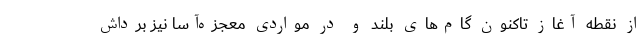
از نقطه آغاز تا‌کنون گام‌های بلند و در مواردی معجزه‌آسا نیز برداش